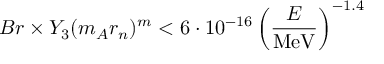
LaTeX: B r \times Y _ { 3 } ( m _ { A } r _ { n } ) ^ { m } < 6 \cdot 1 0 ^ { - 1 6 } \left( \frac { E } { \mathrm { M e V } } \right) ^ { - 1 . 4 }